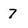
Character: 7